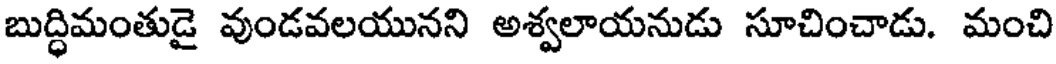
బుద్ధిమంతుడై వుండవలయునని అశ్వలాయనుడు సూచించాడు. మంచి